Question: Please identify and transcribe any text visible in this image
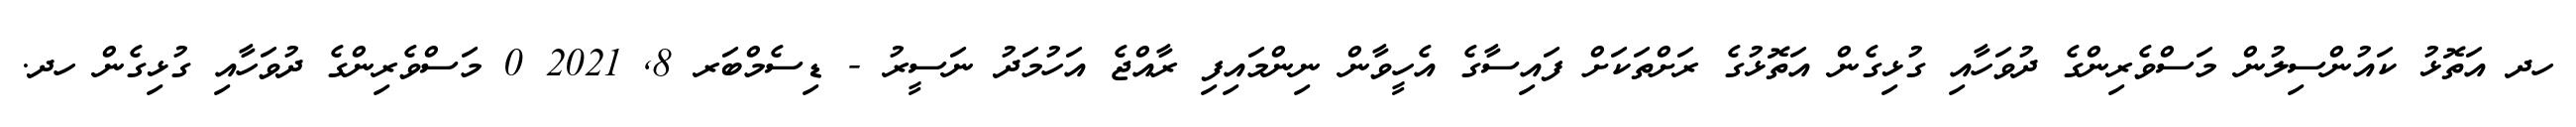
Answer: ހދ އަތޮޅު ކައުންސިލުން މަސްވެރިންގެ ދުވަހާއި ގުޅިގެން އަތޮޅުގެ ރަށްތަކަށް ފައިސާގެ އެހީވާން ނިންމައިފި ރާއްޖެ އަހުމަދު ނަސީރު - ޑިސެމްބަރ 8, 2021 0 މަސްވެރިންގެ ދުވަހާއި ގުޅިގެން ހދ.